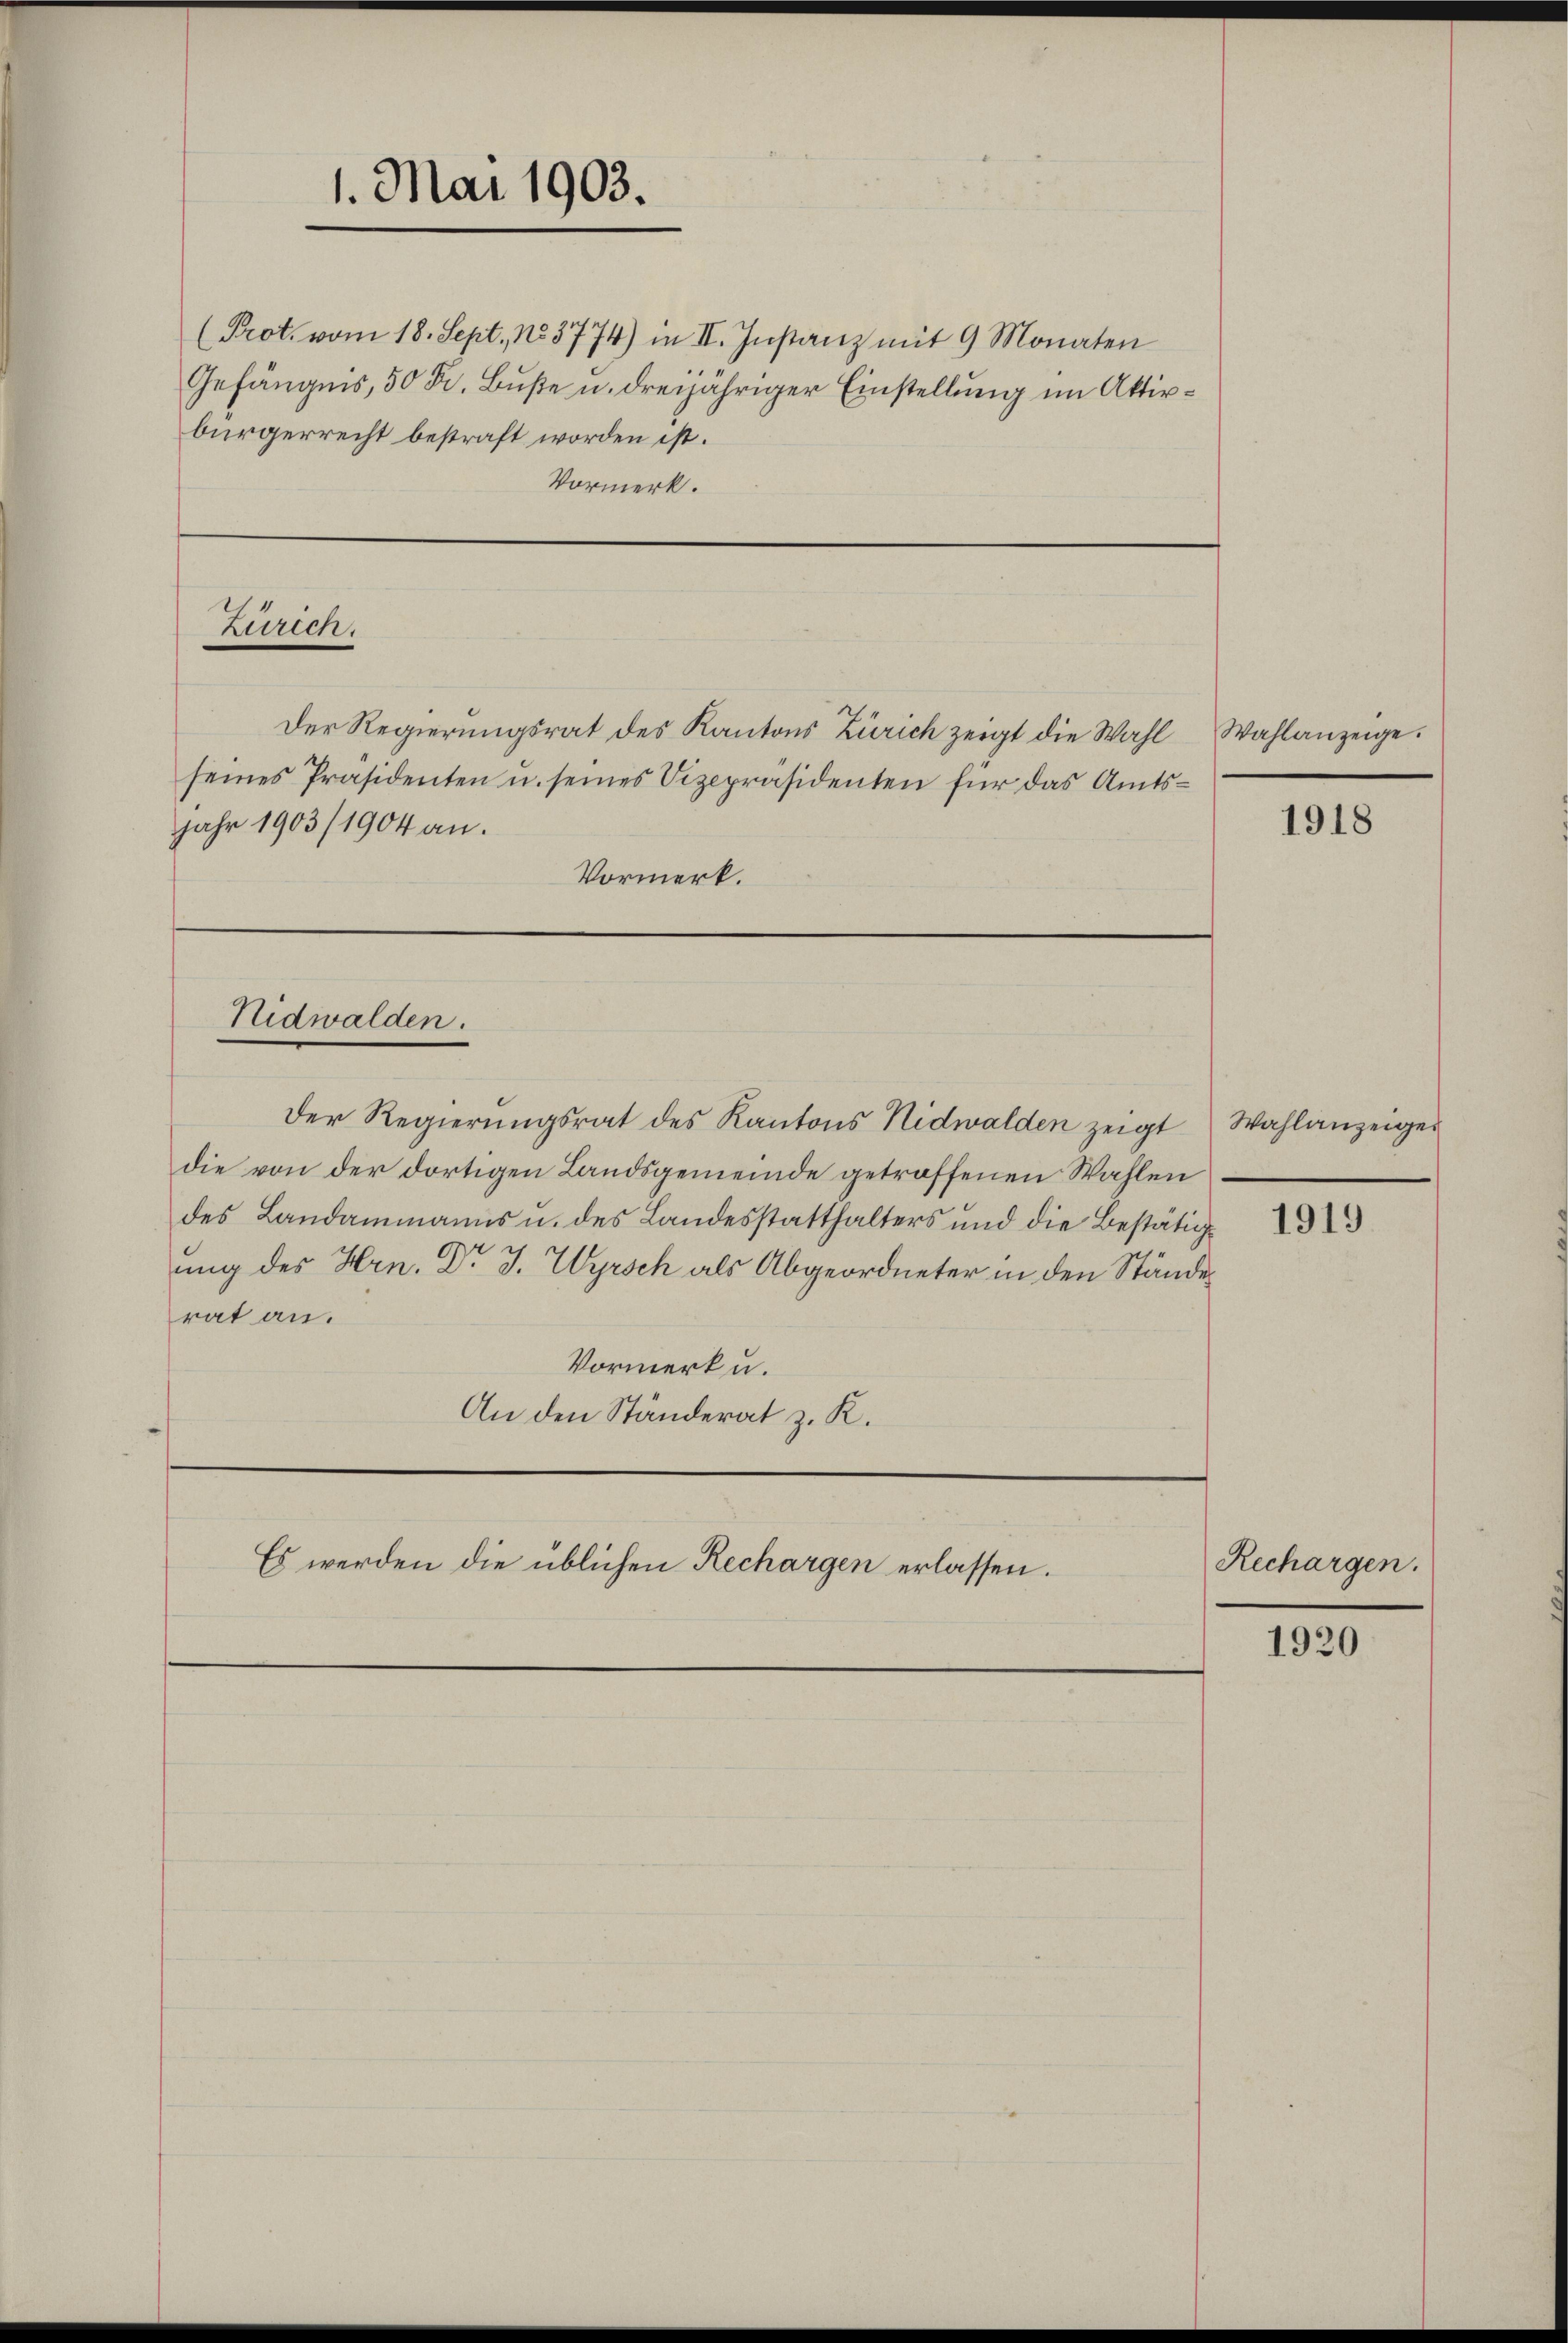
1. Mai 1903.
(Prot. vom 18. Sept. 183774) in II. Instanz mit 9 Monaten
Gefängnis, 50 R. Buße u. dreijähriger Einstellung im Aktirbürgerrecht bestraft worden ist.
Vormerk.

Zurech

seines Präsidenten u. seines Vizepräsidenten für das Amtsjahr 1903/1904 an.
Vormerk.

Nidwalden.

Es werden die üblichen Rechargen erlassen.

Der Regierŭngsrat des Kantons Zürich zeigt die Wahl Wahlanzeige.

Der Regierungsrat des Kantons Nidwalden zeigt
die von der dortigen Landsgemeinde getroffenen Wahlen
des Landammanns u. des Landesstatthalters und die Bestätigung des Hrn. Dr J. Wyrsch als Abgeordneter in den Ständerat an.
Vormerk u.
An den Ständerat z. R.

1918

Wahlanzeiger

1919

Rechargen.

1920